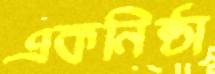
একনিষ্ঠা